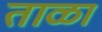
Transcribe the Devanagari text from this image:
ताळा